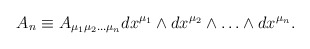
\begin{align*}A_n \equiv A_{\mu_{1}\mu_{2} \ldots \mu_{n}} dx^{\mu_{1}} \wedge dx^{\mu_{2}}\wedge \ldots \wedge dx^{\mu_{n}}.\end{align*}